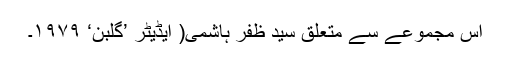
اس مجموعے سے متعلق سید ظفر ہاشمی( ایڈیٹر ’گلبن‘ ۱۹۷۹۔